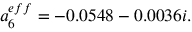
a _ { 6 } ^ { e f f } = - 0 . 0 5 4 8 - 0 . 0 0 3 6 i .